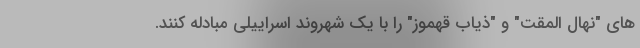
های "نهال المقت" و "ذیاب قهموز" را با یک شهروند اسراییلی مبادله کنند.